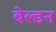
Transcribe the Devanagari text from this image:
बेल्डन